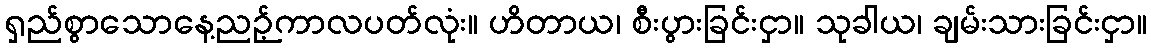
ရှည်စွာသောနေ့ညဉ့်ကာလပတ်လုံး။ ဟိတာယ၊ စီးပွားခြင်းငှာ။ သုခါယ၊ ချမ်းသားခြင်းငှာ။